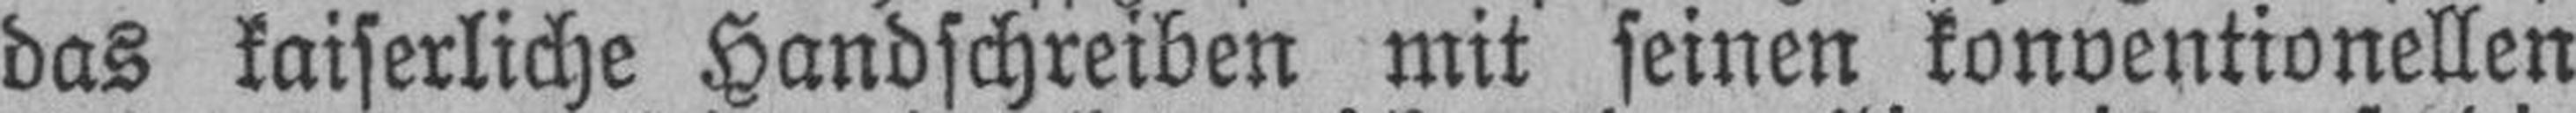
das kaiserliche Handschreiben mit seinen konventionellen